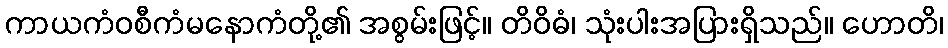
ကာယကံဝစီကံမနောကံတို့၏ အစွမ်းဖြင့်။ တိဝိဓံ၊ သုံးပါးအပြားရှိသည်။ ဟောတိ၊